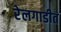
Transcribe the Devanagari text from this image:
रेलगाडीत